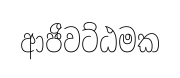
ආජීවට්ඨමක